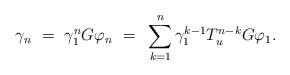
LaTeX: \begin{align*}\gamma_{n} ~=~ \gamma_1^n G\varphi_n ~=~ \sum_{k=1}^n \gamma_1^{k-1} T_u^{n-k} G\varphi_1. \end{align*}